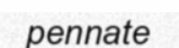
pennate